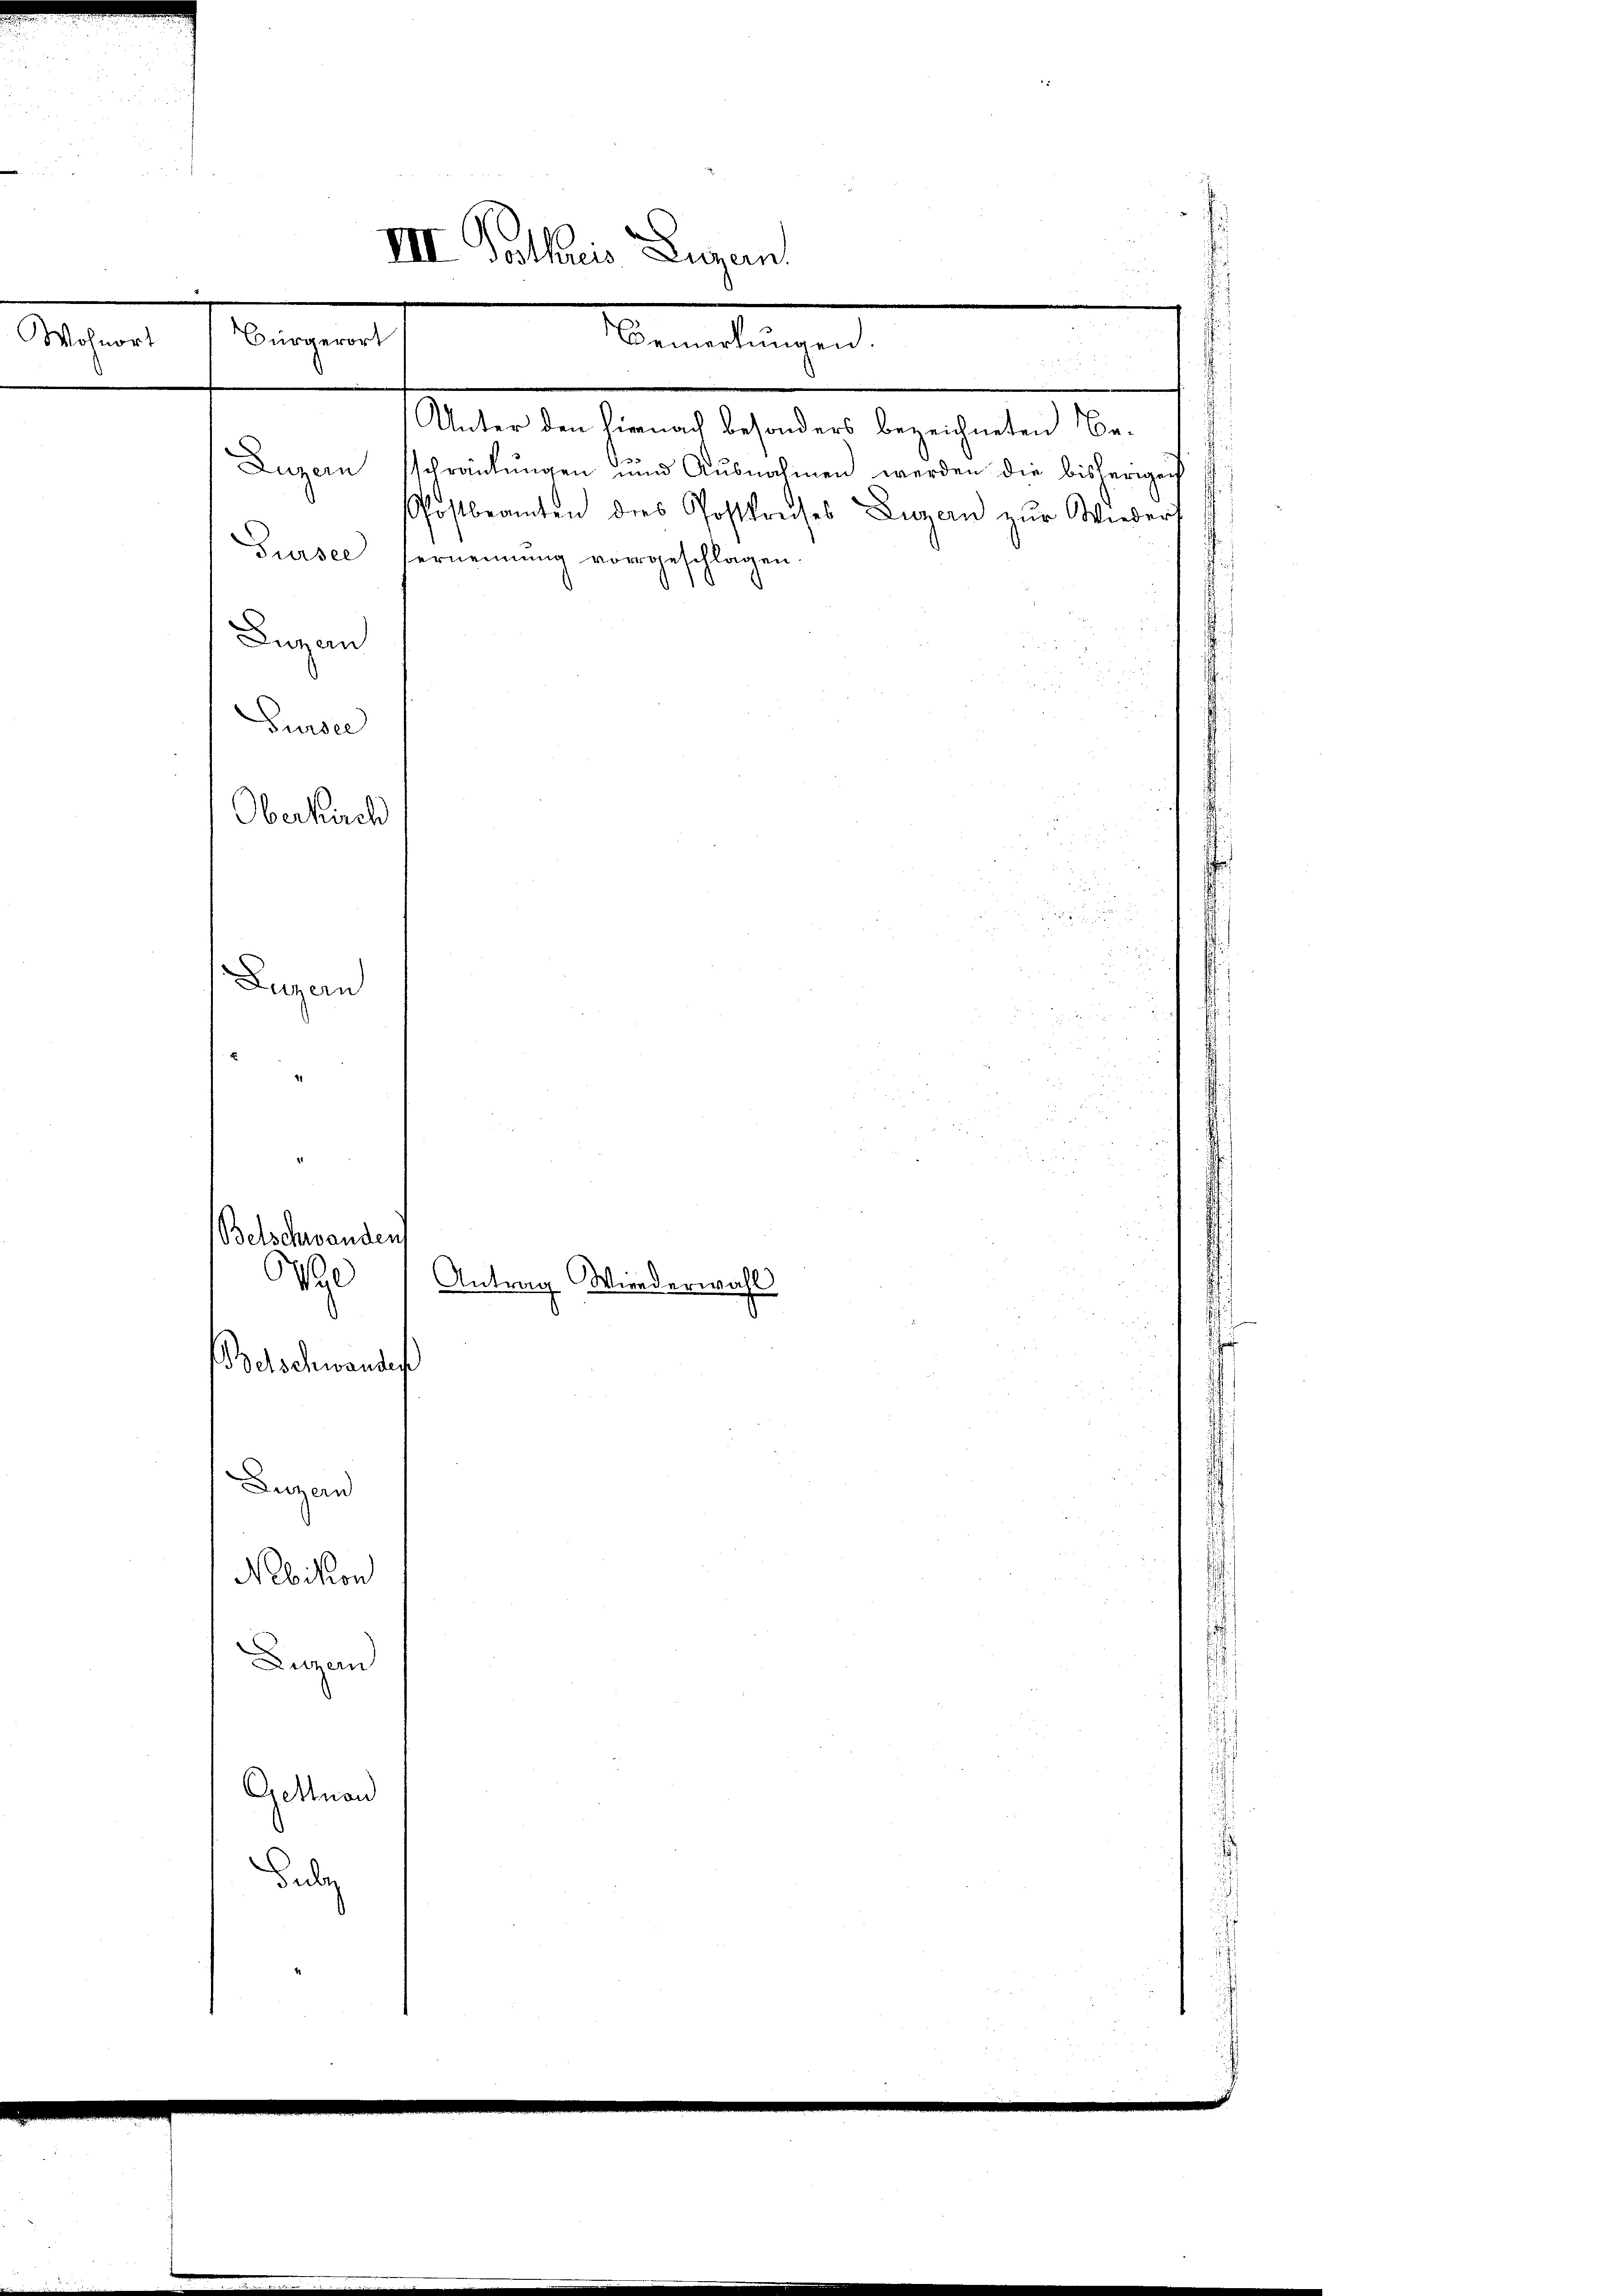
Wohnort

Gursee
Lugan
Sursee
Oberkirch

Bürgerort

Unter den hiernach besonders bezeichneten Be¬
Luzern schränkungen und Ausnahmen werden die bisherigen
Postbeamten dies Postkreises Luzern zŭr Wieders
Vernennung vorgeschlagen.

Luzern
Betschwanden
S
Betschwandes
Luzern
Nebikon
uzend
Gettnau
udag

VII. Gothis Luzern.

emeldungen

Antrag Wiederwahl